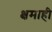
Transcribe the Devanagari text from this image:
क्षमाही